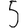
Digit: 5